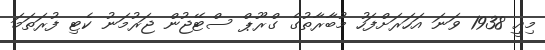
މިއީ 1938 ވަނަ އަހަރަށްފަހު މުބާރާތުގެ ގްރޫޕް ސްޓޭޖުން ޖަރުމަނު ކެޓި ފުރަތަމަ